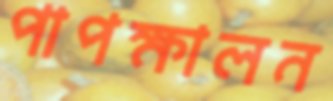
পাপক্ষালন